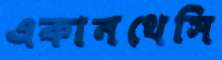
একানথেসি